King Institute of Preventive Medicine Bacteriolog. Section reports 1907-08
Year: 1907
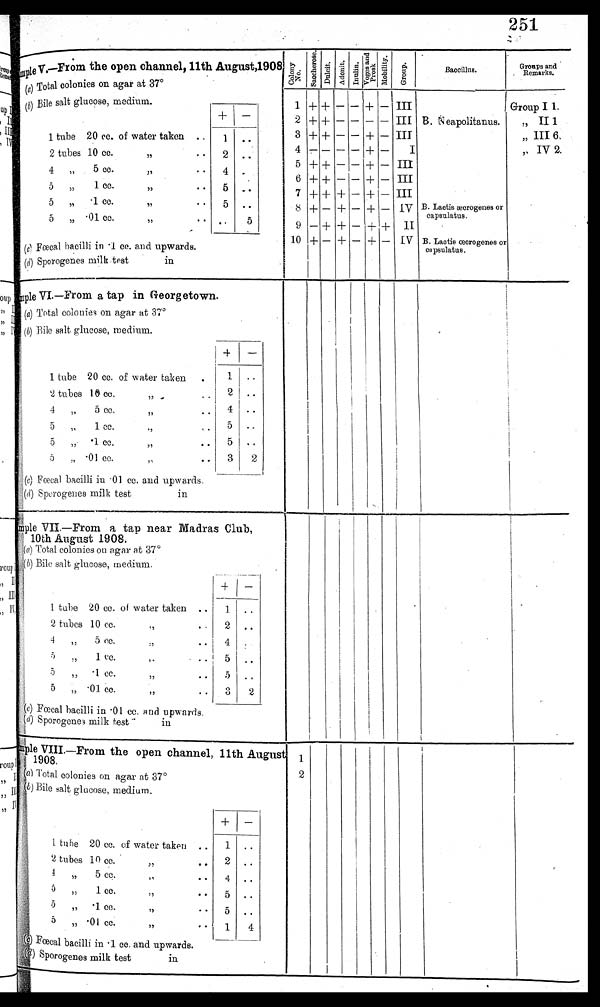
251
v. —From the open channel, 11th August 1909 : s a m p l e
(a) Total colonies on agar at 37°(
b) Bile salt glucose, medium.
+ —.
1 tube 20 cc. of water taken . ,
1 •
C o l o n y N o .
Sa ochDul ci t .
erose.
A d o n i t . I nul i n.
Vo g e s a n d p r o s k
Mo b l i t y .
G r o u p .
Baccillus.
Groups and
Remarks.
1
2
3
4
5
6
7
8
9
10
+
+
+
-
+
+
+ +
- +
+
+
+
-
+ + + - + -
–
–
– – – – – – –
- - - - - - - - - -
- – + + + + + +
- - - - - - - + -
III III III I III III III IV II IV
B B. N Neapolitanus.
B. Lactis æcrogenes or
capsulatus.
B. Lactis æcrogenes or
ceapsulatus,
Group I 1.
„ II 1
„ III 6.
,, IV 2.
Sample
VI.—From a tap in Georgetown..
(a) Total colonies on agar at 370
(b) Bile salt glucose, medium.
1 tube 20 cc. of water taken .
1 • •
2 tubes 10 cc.
,, -
.. 2 I • .
• •
• •
4
5 cc.,
,,4
5 „ 1 cc.
,,
0 ..
5 „. '1 cc.5 ..
71
• •
5 •01 cc.
,,
2
(c) Faecal bacilli in • 01 cc. and upwards.
(d) Sporogenes milk test
in
I
Sample
VII.—From a tap near Madras Club,
10th August 1908.
(a
) Total colonies on agar at 37°(
b) Bile salt glucose, medium,
+ -
is
1 tube 20 cc. of water taken
1 . .
2 tubes 10 cc ,, . .
2 . .
4 „ 5 cc. ,, . .
3 . .
5 ,, 1 cc. ,, . .
4 . .
5 ,, 1 cc. ,, . .
5 . .
5 ,, 01 cc. ,, . .
5 . .
3 2
(c) Faecal bacilli in 01 cc. and upwards.
(d) Sporogenes milk test
in
sample
VIII.—From the open channel, 11th August
1908:
(a) Total colonies on agar at 37°f
) Bile salt glucose, medium.
+ —
I tube 20 cc. of water taken .. 1 • •
2 tubes 10 cc.
2
,,
•
•
1
2